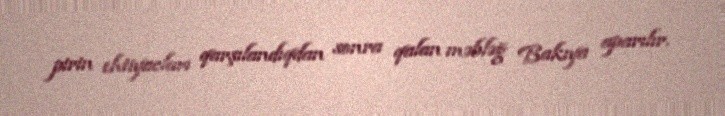
pirin ehtiyacları qarşılandıqdan sonra qalan məbləğ Bakıya aparılır.